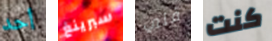
أحد سبرينغ فني كنت